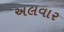
અલવાર